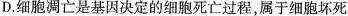
D.细胞凋亡是基因决定的细胞死亡过程，属于细胞坏死